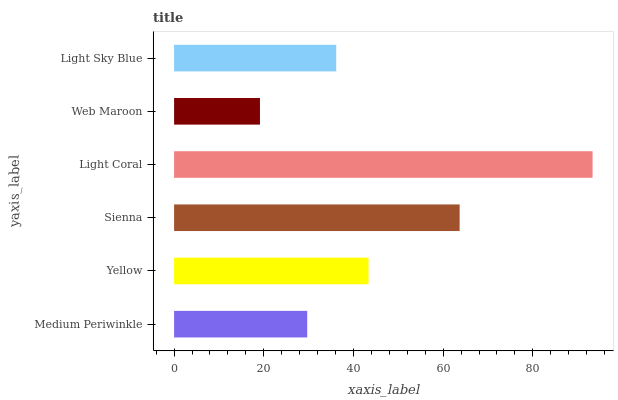
| yaxis_label | bars |
 | --- | --- |
 | Medium Periwinkle | 29.7 |
 | Yellow | 43.4 |
 | Sienna | 63.7 |
 | Light Coral | 93.3 |
 | Web Maroon | 19.1 |
 | Light Sky Blue | 36.2 |